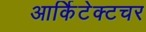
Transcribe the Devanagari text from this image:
आर्किटेक्टचर